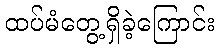
ထပ်မံတွေ့ရှိခဲ့ကြောင်း